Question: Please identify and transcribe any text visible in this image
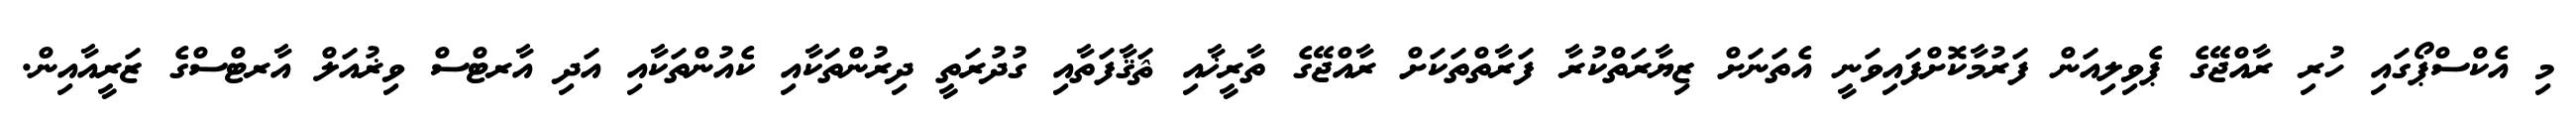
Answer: މި އެކްސްޕޯގައި ހުރި ރާއްޖޭގެ ޕެވިލިއަން ފަރުމާކޮށްފައިވަނީ އެތަނަށް ޒިޔާރަތްކުރާ ފަރާތްތަކަށް ރާއްޖޭގެ ތާރީޚާއި ޘަޤާފަތާއި ގުދުރަތީ ދިރުންތަކާއި ކެއުންތަކާއި އަދި އާރޓްސް ވިޜުއަލް އާރޓްސްގެ ޒަރީއާއިން.